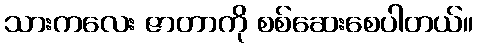
သားကလေး ဇာတာကို စစ်ဆေးစေပါတယ်။